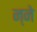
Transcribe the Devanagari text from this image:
न्ने